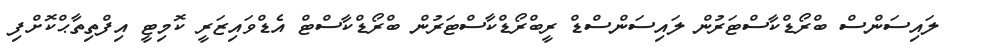
ލައިސަންސް ބްރޯޑްކާސްޓަރުން ލައިސަންސްޑް ރީބްރޯޑްކާސްޓަރުން ބްރޯޑްކާސްޓް އެޑްވައިޒަރީ ކޮމިޓީ އިފްތިތާޙްކޮށްފި